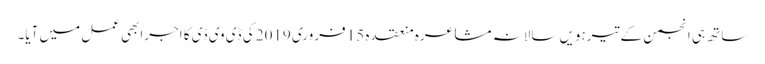
ساتھ ہی انجمن کے تیرہویں سالانہ مشاعرہ منعقدہ 15 فروری 2019 کی ڈی وی ڈی کا اجرابھی عمل میں آیا۔